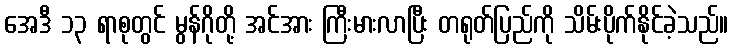
အေဒီ ၁၃ ရာစုတွင် မွန်ဂိုတို့ အင်အား ကြီးမားလာပြီး တရုတ်ပြည်ကို သိမ်းပိုက်နိုင်ခဲ့သည်။